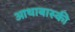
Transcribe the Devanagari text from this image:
आथाबास्की